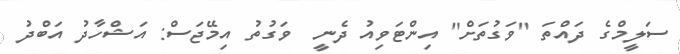
ސަލީމްގެ ދައްތަ "ވަގުތަށް" އިންޓަވިއު ދެނީ  ވަގުތު އިމޭޖަސް: އަޝްހާދު އަބްދު